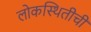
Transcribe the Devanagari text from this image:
लोकस्थितीची